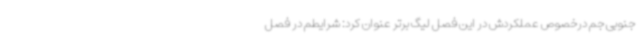
جنوبی جم درخصوص عملکردش در این فصل لیگ برتر عنوان کرد: شرایطم در فصل